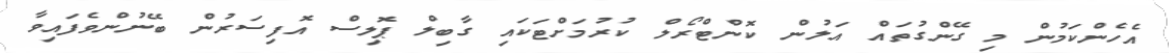
އެހެންކަމުން މި ގޭންގުތައް އަލުން ކޮންޓްރޯލް ކުރުމަށްޓަކައި ގާބިލް ޕޮލިސް އޮފިސަރުން ބޭނުންވެފައިވާ